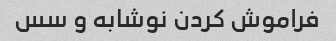
فراموش کردن نوشابه و سس